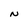
Character: N